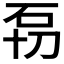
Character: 𱳫